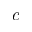
c